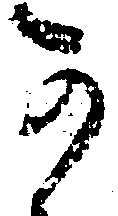
可